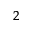
^ 2